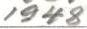
1948